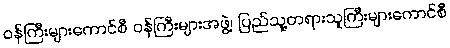
ဝန်ကြီးများကောင်စီ ဝန်ကြီးများအဖွဲ့၊ ပြည်သူ့တရားသူကြီးများကောင်စီ